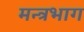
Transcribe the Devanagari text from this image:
मन्त्रभाग